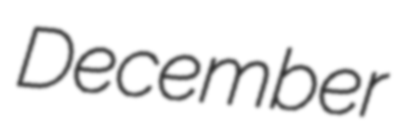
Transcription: December